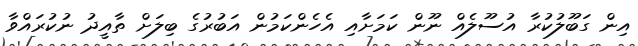
އިން ގަބޫލުކުރާ އުސޫލެއް ނޫން ކަމަށާއި އެހެންކަމުން އަބުރުގެ ބިލަށް ތާއީދު ނުކުރައްވާ